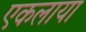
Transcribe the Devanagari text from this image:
एकलाया